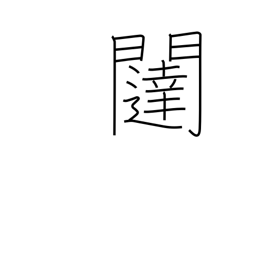
Meaning: gate